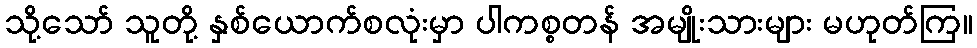
သို့သော် သူတို့ နှစ်ယောက်စလုံးမှာ ပါကစ္စတန် အမျိုးသားများ မဟုတ်ကြ။